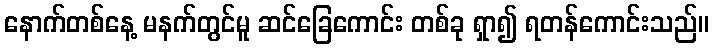
နောက်တစ်နေ့ မနက်တွင်မူ ဆင်ခြေကောင်း တစ်ခု ရှာ၍ ရတန်ကောင်းသည်။